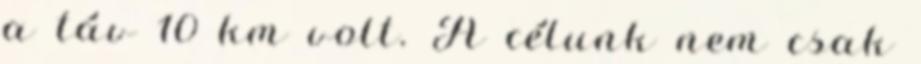
a táv 10 km volt. A célunk nem csak